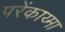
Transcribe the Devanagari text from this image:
परेंकाय्मा